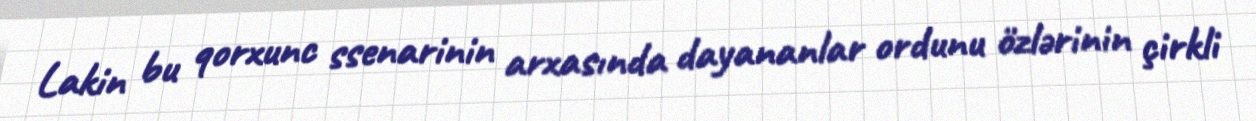
Lakin bu qorxunc ssenarinin arxasında dayananlar ordunu özlərinin çirkli